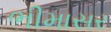
ભીમાસર